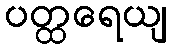
ပတ္ထရေယျ